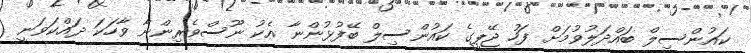
ކައުންސިލް ބައްދަލުވުމަށް ފަހު ޖޭޕީގެ ކައުންސިލް ބޭފުޅުންނާ އެކު ނޫސްވެރިންނާ ވާހަކަ ދައްކަވަނީ